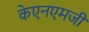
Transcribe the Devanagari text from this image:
केएनएमजी